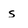
Character: s